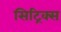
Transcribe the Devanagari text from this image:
सिट्रिक्स